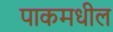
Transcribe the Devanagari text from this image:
पाकमधील